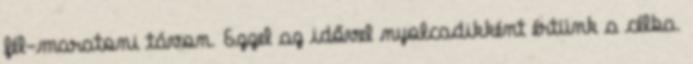
fél-maratoni távon. Ezzel az idővel nyolcadikként értünk a célba.